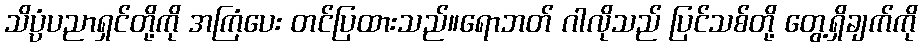
သိပ္ပံပညာရှင်တို့ကို အကြံပေး တင်ပြထားသည်။ရောဘတ် ဂါလိုသည် ပြင်သစ်တို့ တွေ့ရှိချက်ကို